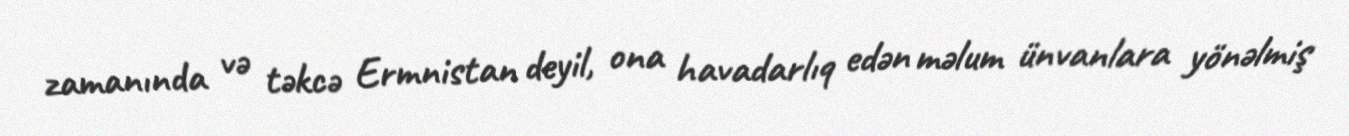
zamanında və təkcə Ermnistan deyil, ona havadarlıq edən məlum ünvanlara yönəlmiş